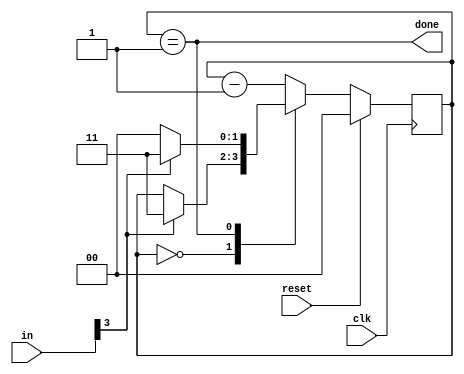
module top_module(
    input clk,
    input [7:0] in,
    input reset,    // Synchronous reset
    output done); //

    reg [1:0] cooldown;

    always @(posedge clk) begin
        if (reset)
        	cooldown <= 0;
        else begin
            case (cooldown)
                2'b00: begin
                    if (in[3])
                        cooldown <= 3;
                end
                2'b01: begin
                    if(in[3])
                        cooldown <= 3;
                    else
                        cooldown <= 0;
                end
                default: begin
                    cooldown <= cooldown - 1;
                end
            endcase
        end
    end

    assign done = cooldown == 1;

endmodule